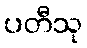
ပတီသု